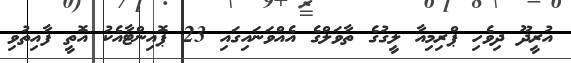
އުރީދޫ ދިވެހި ޕްރިމިއާ ލީގުގެ ތާވަލްގެ އެއްވަނައިގައި 23 ޕޮއިންޓާއެކު އޮތީ ފާއިތުވި